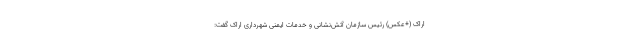
اراک (+عکس) رئیس سازمان آتش‌نشانی و خدمات ایمنی شهرداری اراک گفت: